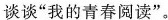
谈谈”我的青春阅读”。